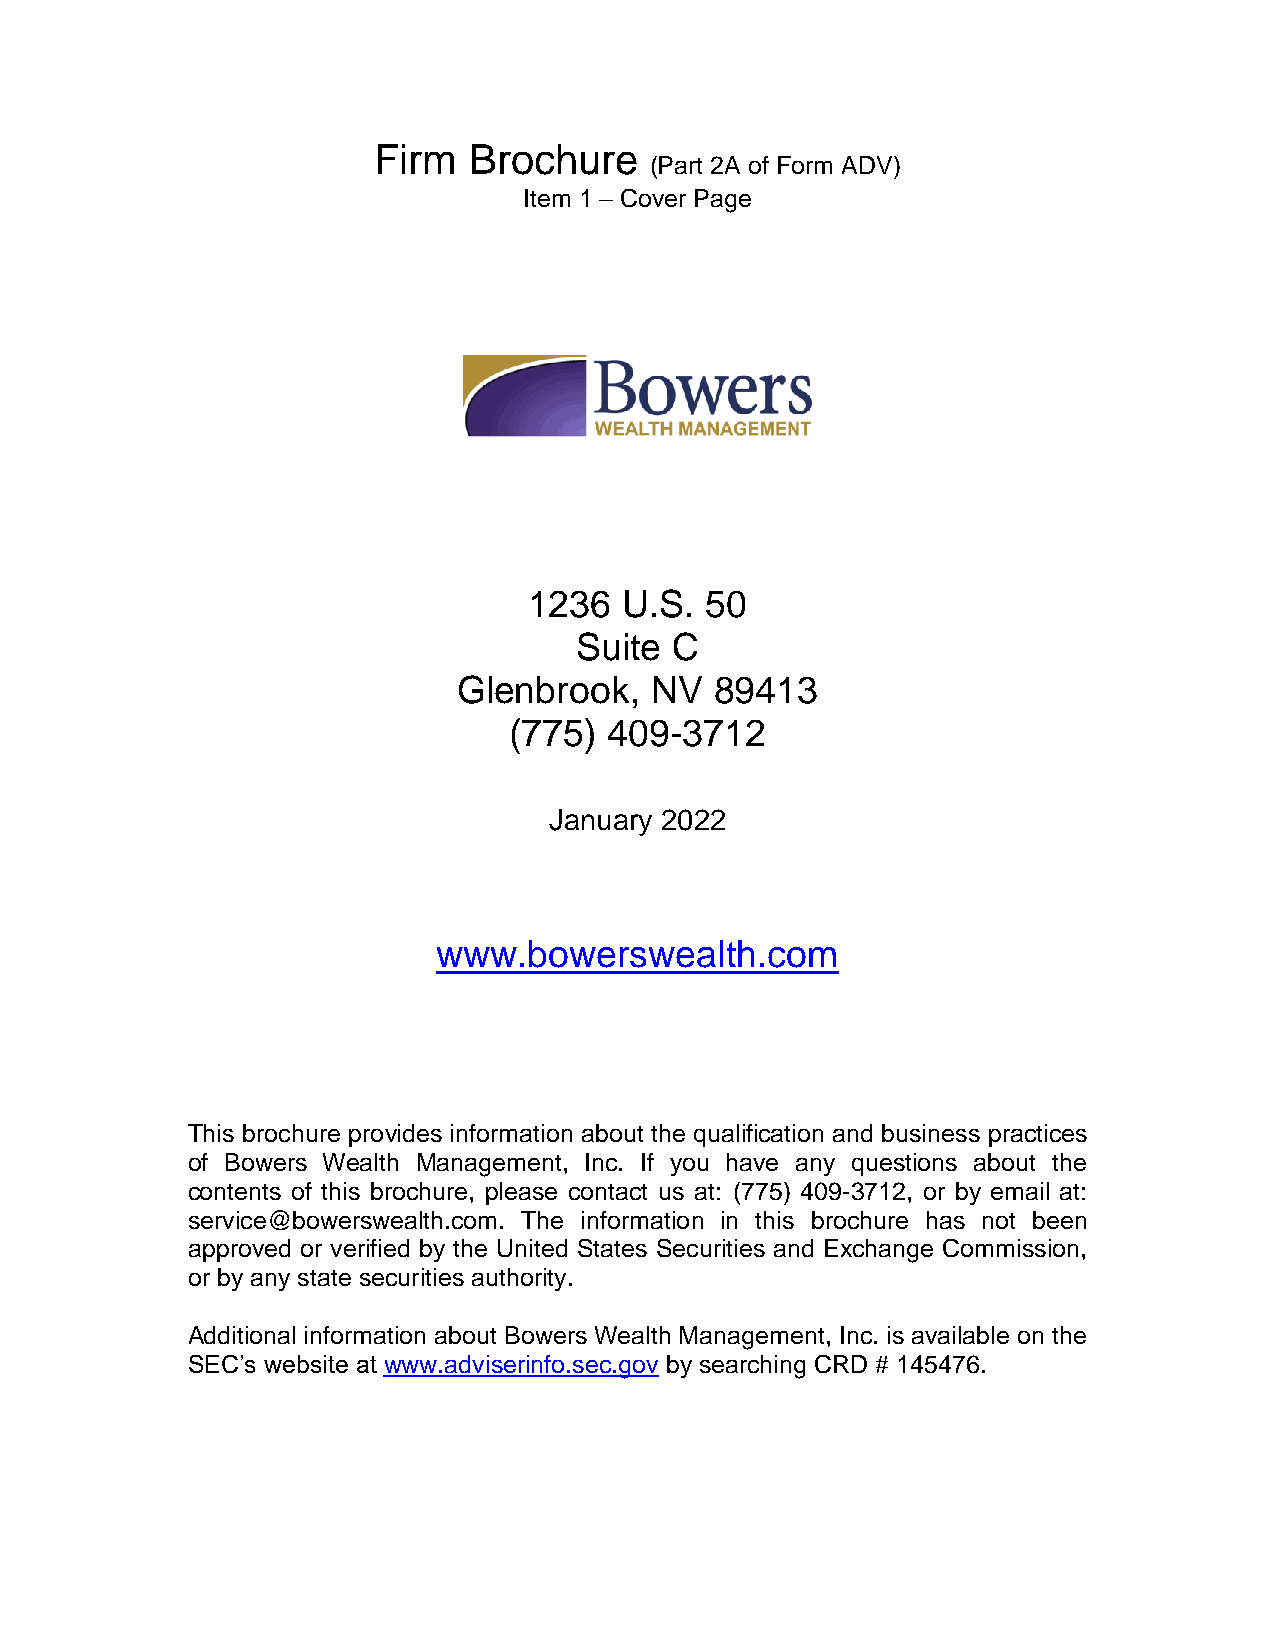
Firm  Brochure
 (Part 2A of Form ADV)
 Item 1 – Cover Page
 1236  U.S.  50
 Suite C
 Glenbrook,   NV  89413
 (775) 409-3712
 January 2022
 www.bowerswealth.com
 This brochure provides information about the qualification and business practices
 of Bowers Wealth Management, Inc. If you have any questions about the
 contents of this brochure, please contact us at: (775) 409-3712, or by email at:
 service@bowerswealth.com. The information in this brochure has not been
 approved or verified by the United States Securities and Exchange Commission,
 or by any state securities authority.
 Additional information about Bowers Wealth Management, Inc. is available on the
 SEC’s website at www.adviserinfo.sec.gov by searching CRD # 145476.